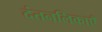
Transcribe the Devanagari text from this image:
दंतनलिकाएँ